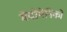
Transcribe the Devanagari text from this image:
मेंदोमेनिको